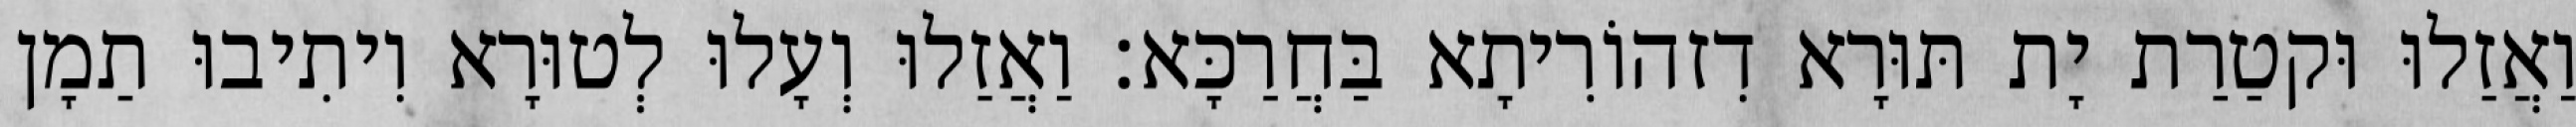
וַאֲזַלוּ וּקטַרַת יָת תּוּרָא דִזהוֹרִיתָא בַּחֲרַכָּא׃ וַאֲזַלוּ וְעָלוּ לְטוּרָא וִיתִיבוּ תַמָן